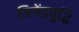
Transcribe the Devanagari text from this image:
जिनेंद्रवुद्धि